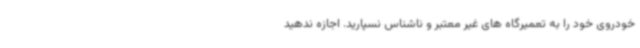
خودروی خود را به تعمیرگاه های غیر معتبر و ناشناس نسپارید. اجازه ندهید